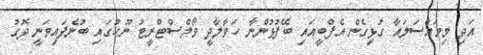
އަދި މިމައްސަލައާ ގުޅިގެން އެފްބީއައި ބޭފުޅުންނާ ހަވާލާދީ ވޯލްސްޓްރީޓު ނޫޙުގައި ބުނެފައިވަނީ ދޮގު